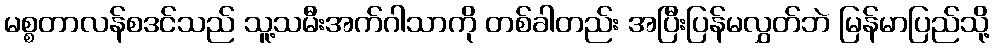
မစ္စတာလန်စဒင်သည် သူ့သမီးအက်ဂါသာကို တစ်ခါတည်း အပြီးပြန်မလွှတ်ဘဲ မြန်မာပြည်သို့